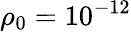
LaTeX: \rho_{0}=10^{-12}